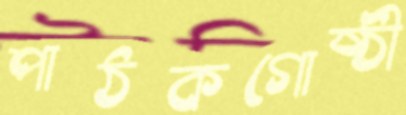
পাঠকগোষ্ঠী